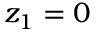
z _ { 1 } = 0